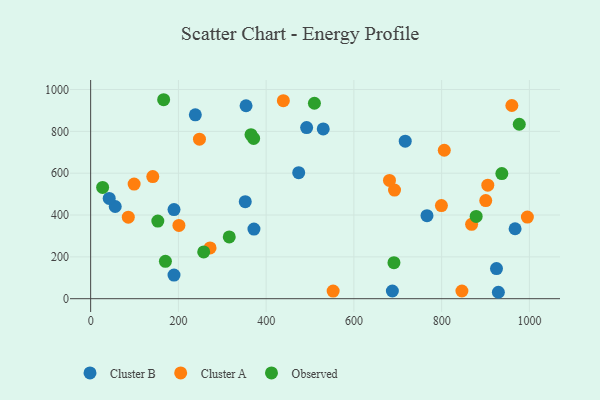
{"axis": {"x": "Study Hours", "y": "Rating"}, "legend": ["Cluster A", "Cluster B", "Observed"], "data": [{"x": "929.3", "y": 30.7, "type": "Cluster B"}, {"x": "530.1", "y": 811.5, "type": "Cluster B"}, {"x": "238.6", "y": 879.1, "type": "Cluster B"}, {"x": "925.0", "y": 143.8, "type": "Cluster B"}, {"x": "766.6", "y": 396.8, "type": "Cluster B"}, {"x": "190.0", "y": 426.0, "type": "Cluster B"}, {"x": "190.0", "y": 112.7, "type": "Cluster B"}, {"x": "492.3", "y": 818.2, "type": "Cluster B"}, {"x": "717.0", "y": 753.2, "type": "Cluster B"}, {"x": "372.2", "y": 332.9, "type": "Cluster B"}, {"x": "474.2", "y": 602.4, "type": "Cluster B"}, {"x": "354.2", "y": 922.4, "type": "Cluster B"}, {"x": "352.4", "y": 464.1, "type": "Cluster B"}, {"x": "687.7", "y": 36.9, "type": "Cluster B"}, {"x": "967.4", "y": 334.4, "type": "Cluster B"}, {"x": "56.0", "y": 440.7, "type": "Cluster B"}, {"x": "42.3", "y": 479.2, "type": "Cluster B"}, {"x": "201.2", "y": 350.2, "type": "Cluster A"}, {"x": "995.4", "y": 390.3, "type": "Cluster A"}, {"x": "248.0", "y": 762.6, "type": "Cluster A"}, {"x": "799.5", "y": 445.4, "type": "Cluster A"}, {"x": "141.6", "y": 583.8, "type": "Cluster A"}, {"x": "900.5", "y": 469.0, "type": "Cluster A"}, {"x": "85.8", "y": 389.6, "type": "Cluster A"}, {"x": "99.1", "y": 548.2, "type": "Cluster A"}, {"x": "272.2", "y": 242.6, "type": "Cluster A"}, {"x": "960.0", "y": 923.6, "type": "Cluster A"}, {"x": "905.2", "y": 542.9, "type": "Cluster A"}, {"x": "692.6", "y": 519.3, "type": "Cluster A"}, {"x": "552.7", "y": 36.2, "type": "Cluster A"}, {"x": "846.2", "y": 36.8, "type": "Cluster A"}, {"x": "439.2", "y": 946.7, "type": "Cluster A"}, {"x": "868.3", "y": 355.5, "type": "Cluster A"}, {"x": "681.1", "y": 565.4, "type": "Cluster A"}, {"x": "806.0", "y": 709.8, "type": "Cluster A"}, {"x": "878.7", "y": 393.5, "type": "Observed"}, {"x": "170.4", "y": 178.7, "type": "Observed"}, {"x": "257.7", "y": 223.6, "type": "Observed"}, {"x": "315.9", "y": 295.3, "type": "Observed"}, {"x": "937.2", "y": 598.2, "type": "Observed"}, {"x": "365.5", "y": 784.2, "type": "Observed"}, {"x": "691.3", "y": 172.4, "type": "Observed"}, {"x": "510.0", "y": 934.4, "type": "Observed"}, {"x": "976.9", "y": 834.0, "type": "Observed"}, {"x": "166.4", "y": 951.3, "type": "Observed"}, {"x": "27.3", "y": 532.2, "type": "Observed"}, {"x": "371.5", "y": 766.2, "type": "Observed"}, {"x": "153.1", "y": 370.9, "type": "Observed"}]}